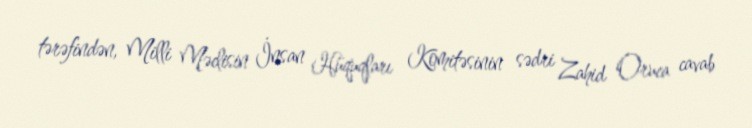
tərəfindən, Milli Məclisin İnsan Hüquqları Komitəsinin sədri Zahid Oruca cavab